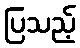
ပြသည့်